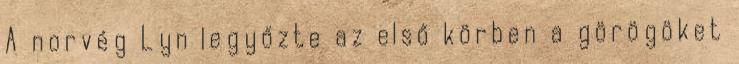
A norvég Lyn legyőzte az első körben a görögöket